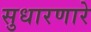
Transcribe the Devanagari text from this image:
सुधारणारे